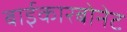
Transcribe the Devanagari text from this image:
बाईकारबोनेट